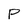
Character: P